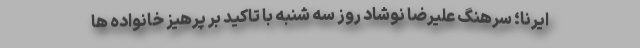
ایرنا؛ سرهنگ علیرضا نوشاد روز سه شنبه با تاکید بر پرهیز خانواده ها